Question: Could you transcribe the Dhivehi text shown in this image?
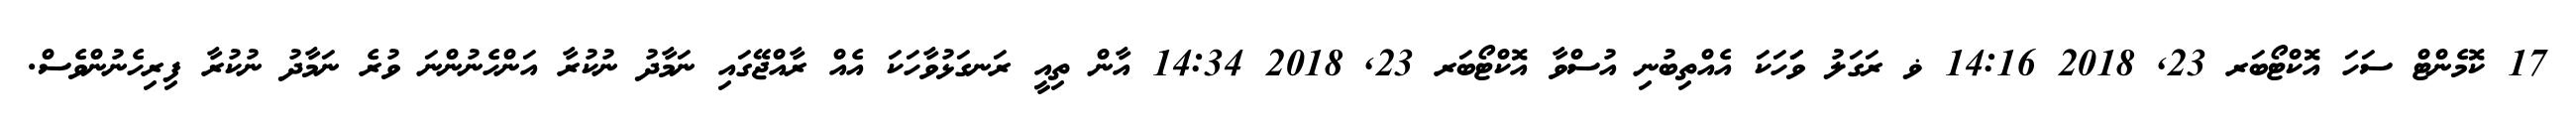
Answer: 17 ކޮމެންޓް ސަހަ އޮކްޓޯބަރ 23, 2018 14:16 ޥ ރަގަލު ވަަަހަކަ އެއްތިބުނި އުސްވާ އޮކްޓޯބަރ 23, 2018 14:34 އާން ތިއީ ރަނގަޅުވާހަކަ އެއް ރާއްޖޭގައި ނަމާދު ނުކުރާ އަންހެނުންނަ ވުރެ ނަމާދު ނުކުރާ ފިރިހެނުންވެސް.